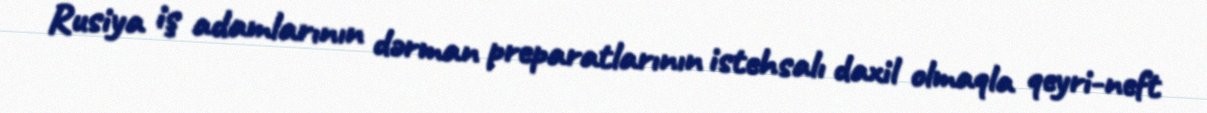
Rusiya iş adamlarının dərman preparatlarının istehsalı daxil olmaqla qeyri-neft